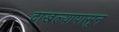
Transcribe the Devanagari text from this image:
दाखल्यापासून